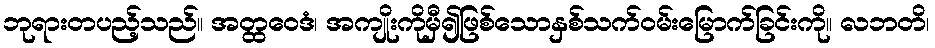
ဘုရားတပည့်သည်။ အတ္ထဝေဒံ၊ အကျိုးကိုမှီ၍ဖြစ်သောနှစ်သက်ဝမ်းမြောက်ခြင်းကို။ လဘတိ၊